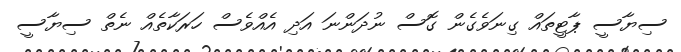
ސިޔާސީ ޕާޓީތައް ގިނަވެގެން ގޮސް ނުދަންނަ އަދި އެއްވެސް ހަރަކާތެއް ނެތް ސިޔާސީ